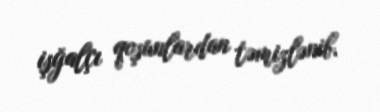
işğalçı qoşunlardan təmizlənib.